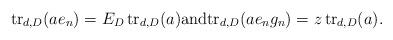
LaTeX: \begin{align*} {\rm tr}_{d,D}(a e_n) = E_D \, {\rm tr}_{d,D}(a) \mbox{and} {\rm tr}_{d,D}(a e_n g_n) = z\, {\rm tr}_{d,D}(a). \end{align*}